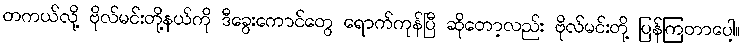
တကယ်လို့ ဗိုလ်မင်းတို့နယ်ကို ဒီခွေးကောင်တွေ ရောက်ကုန်ပြီ ဆိုတော့လည်း ဗိုလ်မင်းတို့ ပြန်ကြတာပေါ့။